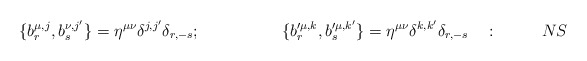
\begin{align*}\{ b^{\mu ,j}_r , b^{\nu,j'}_s\}=\eta^{\mu\nu}\delta^{j,j'}\delta_{r,-s} ;~~~~~~~~~~~~~~~\{ b'^{\mu ,k}_r , b'^{\mu,k'}_s\}=\eta^{\mu\nu}\delta^{k,k'}\delta_{r,-s} ~~~:~~~~~~~~NS\end{align*}